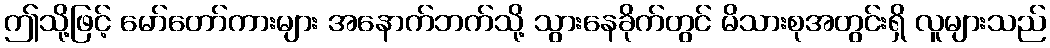
ဤသို့ဖြင့် မော်တော်ကားများ အနောက်ဘက်သို့ သွားနေခိုက်တွင် မိသားစုအတွင်းရှိ လူများသည်